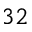
3 2